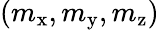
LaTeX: (m_{\mathrm{x}},m_{\mathrm{y}},m_{\mathrm{z}})